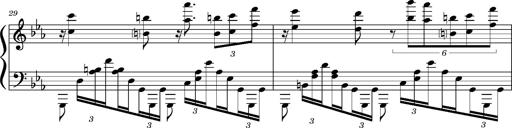
Title: PrÃ©ludes et Harmonies poÃ©tiques et religieuses
Composer: Franz Liszt